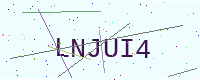
Text: LNJUI4